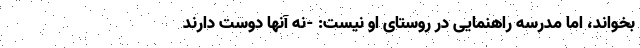
بخواند، اما مدرسه راهنمایی در روستای او نیست: -نه آنها دوست دارند